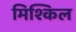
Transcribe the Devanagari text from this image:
मिश्किल